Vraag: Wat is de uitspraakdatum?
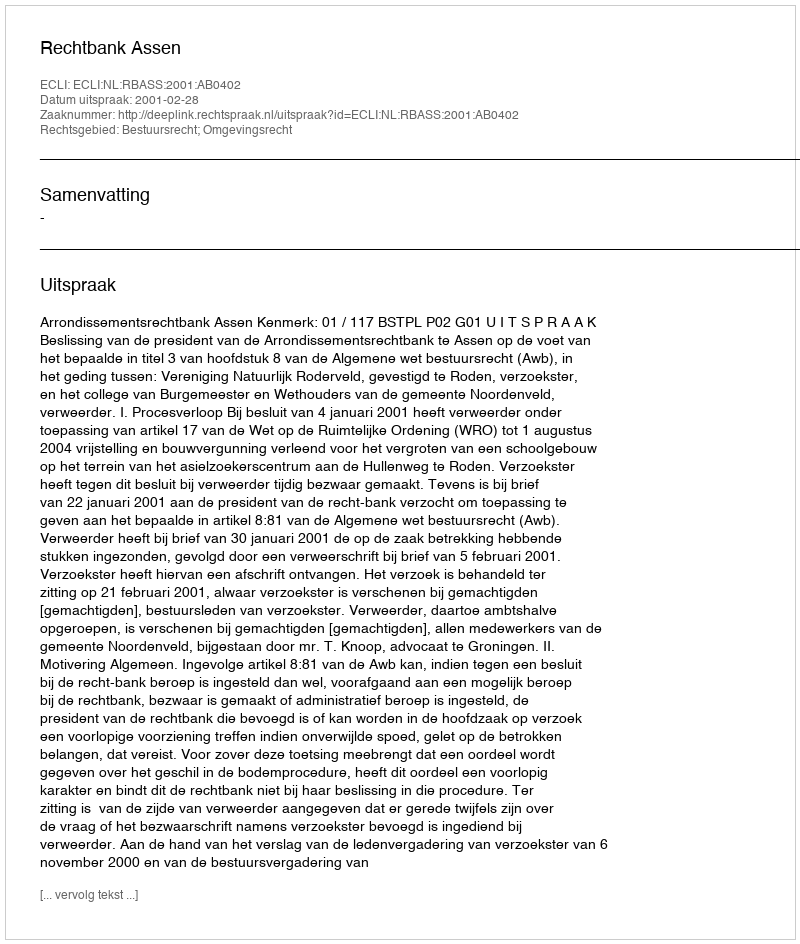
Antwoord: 2001-02-28